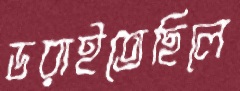
ডরাইতেছিলে